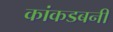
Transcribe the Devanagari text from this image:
कांकडबनी